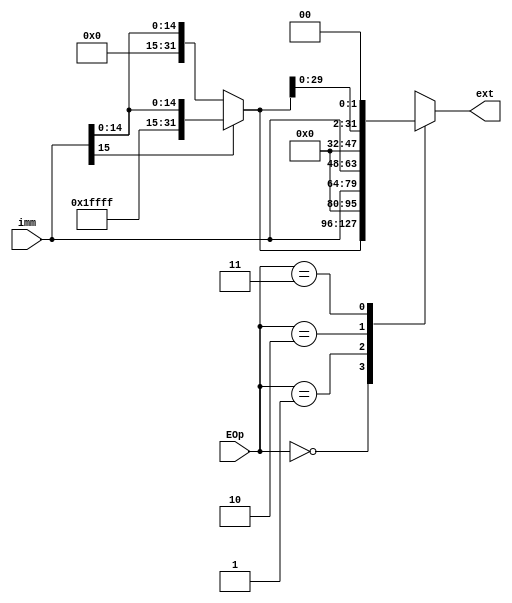
`timescale 1ns / 1ps
//////////////////////////////////////////////////////////////////////////////////
// Company: 
// Engineer: 
// 
// Design Name: 
// Module Name:    ext 
// Project Name: 
// Target Devices: 
// Tool versions: 
// Description: 
//
// Dependencies: 
//
// Revision: 
// Revision 0.01 - File Created
// Additional Comments: 
//
//////////////////////////////////////////////////////////////////////////////////
module ext(
    input [15:0] imm,
    input [1:0] EOp,
    output reg [31:0] ext
    );
	 
	 reg [15:0] temp1 = 16'hffff, temp2 = 16'h0000;
	 reg [31:0] temp;
	 
	 always @(imm or EOp)begin
		case(EOp)
			2'b00: temp[31:0] = (imm[15] == 1)? {temp1[15:0], imm[15:0]} : {temp2[15:0], imm[15:0]};
			2'b01: temp[31:0] = {temp2[15:0], imm[15:0]};
			2'b10: temp[31:0] = {imm[15:0], temp2[15:0]};
			2'b11: begin
					temp[31:0] = (imm[15] == 1)? {temp1[15:0], imm[15:0]} : {temp2[15:0], imm[15:0]};
					temp[31:0] = temp << 2;
				 end
		endcase
		ext <= temp;
	 end
/*
1
2caseif
3alwaysreg --- 
41632
*/


endmodule